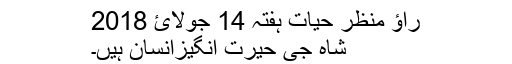
راؤ منظر حیات ہفتہ 14 جولائ 2018
شاہ جی حیرت انگیزانسان ہیں۔